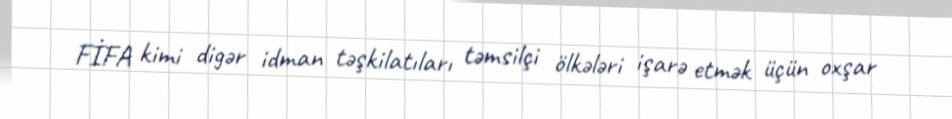
FİFA kimi digər idman təşkilatıları təmsilçi ölkələri işarə etmək üçün oxşar